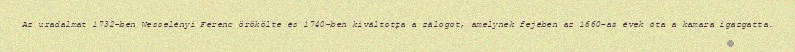
Az uradalmat 1732-ben Wesselényi Ferenc örökölte és 1740-ben kiváltotta a zálogot, amelynek fejében az 1660-as évek óta a kamara igazgatta.